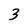
Character: 3